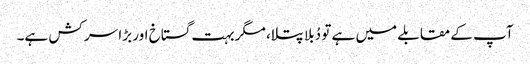
آپ کے مقابلے میں ہے تو دُبلا پتلا، مگر بہت گستاخ اور بڑا سر کش ہے۔